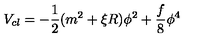
V _ { c l } = - \frac { 1 } { 2 } ( m ^ { 2 } + \xi R ) \phi ^ { 2 } + \frac { f } { 8 } \phi ^ { 4 }